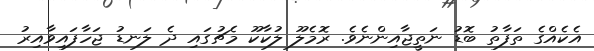
އެކެއްގެ ތަފާތު ބޮޑު ނަތީޖާއިންނެވެ. ރޮމެލޫ ލުކާކޫ މެޗުގައި ދެ ލަނޑު ޖަހާފައިވާއިރު